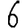
Digit: 6